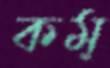
কম্